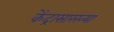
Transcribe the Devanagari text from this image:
केंद्रासारख्या